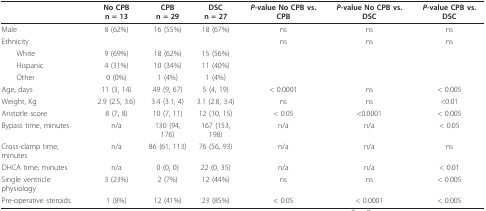
<table><thead><tr><td></td><td><b>No CPB n = 13</b></td><td><b>CPB n = 29</b></td><td><b>DSC n = 27</b></td><td><b><i>P</i>-value No CPB vs. CPB</b></td><td><b><i>P</i>-value No CPB vs. DSC</b></td><td><b><i>P</i>-value CPB vs. DSC</b></td></tr></thead><tbody><tr><td>Male</td><td>8 (62%)</td><td>16 (55%)</td><td>18 (67%)</td><td>ns</td><td>ns</td><td>ns</td></tr><tr><td>Ethnicity</td><td></td><td></td><td></td><td>ns</td><td>ns</td><td>ns</td></tr><tr><td> White</td><td>9 (69%)</td><td>18 (62%)</td><td>15 (56%)</td><td></td><td></td><td></td></tr><tr><td> Hispanic</td><td>4 (31%)</td><td>10 (34%)</td><td>11 (40%)</td><td></td><td></td><td></td></tr><tr><td> Other</td><td>0 (0%)</td><td>1 (4%)</td><td>1 (4%)</td><td></td><td></td><td></td></tr><tr><td>Age, days</td><td>11 (3, 14)</td><td>49 (9, 67)</td><td>5 (4, 19)</td><td>&lt; 0.0001</td><td>ns</td><td>&lt; 0.005</td></tr><tr><td>Weight, Kg</td><td>2.9 (2.5, 3.6)</td><td>3.4 (3.1, 4)</td><td>3.1 (2.8, 3.4)</td><td>ns</td><td>ns</td><td>&lt;0.01</td></tr><tr><td>Aristotle score</td><td>8 (7, 8)</td><td>10 (7, 11)</td><td>12 (10, 15)</td><td>&lt; 0.05</td><td>&lt;0.0001</td><td>&lt; 0.005</td></tr><tr><td>Bypass time, minutes</td><td>n/a</td><td>130 (94, 176)</td><td>167 (153, 198)</td><td>n/a</td><td>n/a</td><td>&lt; 0.05</td></tr><tr><td>Cross-clamp time, minutes</td><td>n/a</td><td>86 (61, 113)</td><td>76 (56, 93)</td><td>n/a</td><td>n/a</td><td>ns</td></tr><tr><td>DHCA time, minutes</td><td>n/a</td><td>0 (0, 0)</td><td>22 (0, 35)</td><td>n/a</td><td>n/a</td><td>&lt; 0.01</td></tr><tr><td>Single ventricle physiology</td><td>3 (23%)</td><td>2 (7%)</td><td>12 (44%)</td><td>ns</td><td>ns</td><td>&lt; 0.005</td></tr><tr><td>Pre-operative steroids</td><td>1 (8%)</td><td>12 (41%)</td><td>23 (85%)</td><td>&lt; 0.05</td><td>&lt; 0.0001</td><td>&lt; 0.005</td></tr></tbody></table>